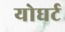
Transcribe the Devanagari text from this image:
योघर्ट